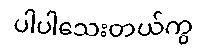
ပါပါသေးတယ်ကွ